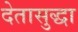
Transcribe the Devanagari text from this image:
देतासुद्धा